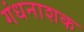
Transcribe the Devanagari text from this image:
गंधनाशक